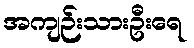
အကျဉ်းသားဦးရေ